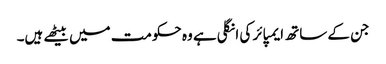
جن کے ساتھ ایمپائر کی انگلی ہے وہ حکومت میں بیٹھے ہیں۔